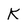
Character: K